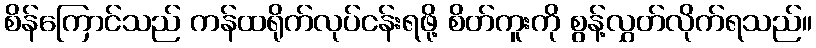
စိန်ကြောင်သည် ကန်ထရိုက်လုပ်ငန်းရဖို့ စိတ်ကူးကို စွန့်လွှတ်လိုက်ရသည်။